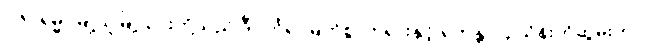
၁၆။ ရမ္မာမြို့သူမြို့သားတို့သည် ဒီပင်္ကရာမြတ်စွာဘုရားနှင့် ရဟန္တာ ၄ သိန်းကိုဆွမ်းကပ်